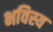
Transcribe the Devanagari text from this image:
भविस्य